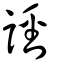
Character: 誙